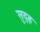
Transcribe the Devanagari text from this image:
सुद्ढ़